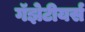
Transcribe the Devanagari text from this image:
गॅझेटीयर्स